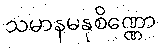
သမာနမနုစိဏ္ဏော